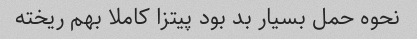
نحوه حمل بسیار بد بود پیتزا کاملا بهم ریخته